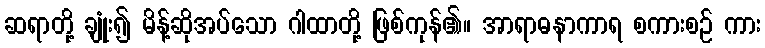
ဆရာတို့ ချုံး၍ မိန့်ဆိုအပ်သော ဂါထာတို့ ဖြစ်ကုန်၏။ အာရာဓနာကာရ စကားစဉ် ကား